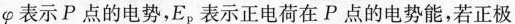
φ表示P点的电势，E_{ρ}表示正电荷在P点的电势能，若正极